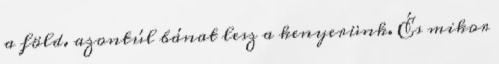
a föld. azontúl bánat lesz a kenyerünk. És mikor